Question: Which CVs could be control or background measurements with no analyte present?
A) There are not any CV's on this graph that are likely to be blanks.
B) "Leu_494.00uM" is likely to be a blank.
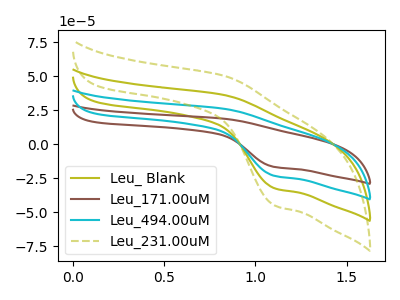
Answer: <think>The olive curve "Leu_ Blank" has an anodic peak at (0.85V, 36.10uA) and a cathodic peak at (1.10V, -32.45uA). The brown curve "Leu_171.00uM" has an anodic peak at (0.85V, 108.35uA) and a cathodic peak at (1.10V, -97.35uA). The cyan curve "Leu_494.00uM" has an anodic peak at (0.85V, 72.25uA) and a cathodic peak at (1.10V, -64.90uA). The olive dashed curve "Leu_231.00uM" has an anodic peak at (0.85V, 50.20uA) and a cathodic peak at (1.10V, -45.10uA).</think>
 <answer>A) There are not any CV's on this graph that are likely to be blanks.</answer>
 <eval>A</eval>